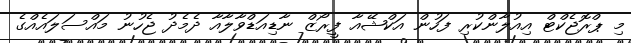
މި ޕްރޮޖެކްޓް އިއުލާންކުރި ފަހުން އަކްޝޭއާ ފީރޯޒް ނާޑިއަޑްވާލާއާ ދެމެދު ޖެހުނު މައްސަލައެއްގެ